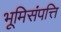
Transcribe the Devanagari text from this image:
भूमिसंपत्ति